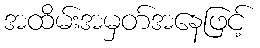
အထိမ်းအမှတ်အနေဖြင့်